Report of an investigation into the causes of malaria in Bombay and the measures necessary for its control
Disease focus: Malaria
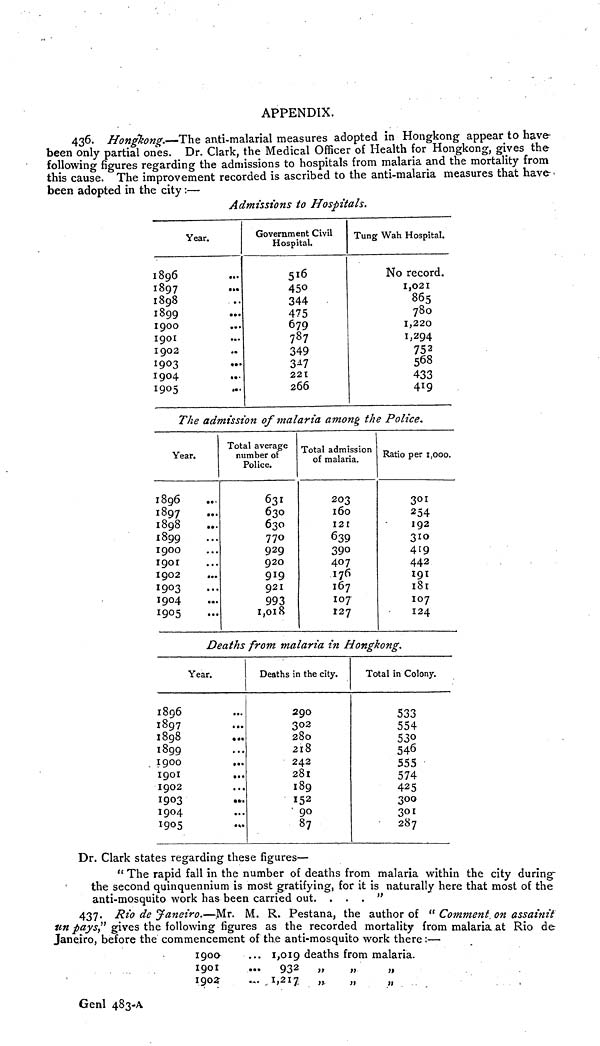
APPENDIX.
436. Hongkong.—The anti-malarial measures adopted in Hongkong appear to have-
been only partial ones. Dr. Clark, the Medical Officer of Health for Hongkong, gives the
following figures regarding the admissions to hospitals from malaria and the mortality from
this cause. The improvement recorded is ascribed to the anti-malaria measures that have
been adopted in the city:—
Admissions to Hospitals.
Year.
1896
1897
...
1898
1899
...
1900
1901
1902
1903
1904
1905
Government Civil
Hospital.
516
450
344
475
679
787
349
347
221
266
Tung Wah Hospital.
No record.
1,021
865
780
1,220
1,294
568
433
419
The admission of malaria among the Police.
Year.
1896
1897
1898
1899
1900
1901
I902
...
1903
I904
1905
Total average
number of
Police.
63I
630
630
770
929
920
919
921
993
1,018
Total admission
of malaria.
203
160
121
639
390
407
176
167
107
127
Ratio per 1,000.
301
254
192
310
419
442
191
l8l
107
124
Deaths from malaria in Hongkong.
Year.
1896
1897
1898
1899
1900
1901
1902
1903
1904
I905
Deaths in the city.
290
302
280
218
242
281
189
152
90
87
Total in Colony.
533
554
530
546
555
574
425
300
301
287
Dr. Clark states regarding these figures—
" The rapid fall in the number of deaths from malaria within the city during-
the second quinquennium is most gratifying, for it is naturally here that most of the
anti-mosquito work has been carried out. . . . "
437. Rio de Janeiro.—Mr. M. R. Pestana, the author of " Comment on assainit
un pays," gives the following figures as the recorded mortality from malaria at Rio de
Janeiro, before the commencement of the anti-mosquito work there:—
1900
... 1,019 deaths from malaria.
1901
...
932
„
„
„
1902
... 1,217
„
„
„
Genl 483-A